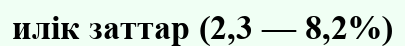
илік заттар (2,3 — 8,2%)